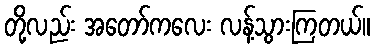
တို့လည်း အတော်ကလေး လန့်သွားကြတယ်။